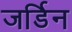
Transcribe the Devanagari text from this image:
जर्डिन